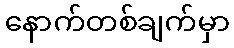
နောက်တစ်ချက်မှာ